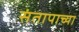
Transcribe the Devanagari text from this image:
संतापाच्या